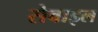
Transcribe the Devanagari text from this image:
सेवाइल